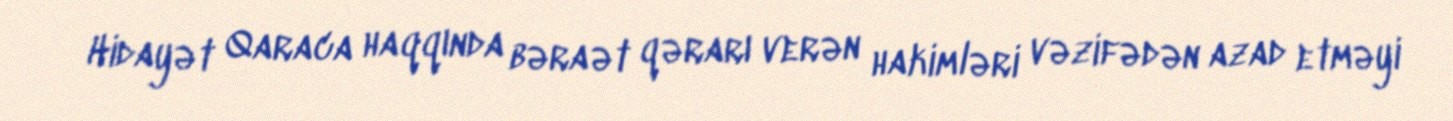
Hidayət Qaraca haqqında bəraət qərarı verən hakimləri vəzifədən azad etməyi